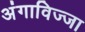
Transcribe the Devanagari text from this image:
अंगाविज्जा